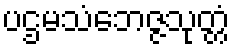
ပဌမသံဘေဇ္ဇသုတ္တံ